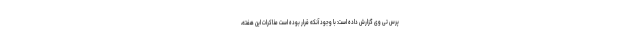
پرس تی وی گزارش داده است: با وجود آنکه قرار بوده است مذاکرات این هفته،